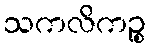
သကလိကဉ္စ